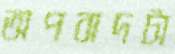
অপবাদটা